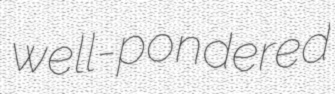
well-pondered